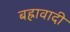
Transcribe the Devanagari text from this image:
बह्रावादी